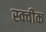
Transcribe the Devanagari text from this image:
स्क्वीक